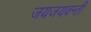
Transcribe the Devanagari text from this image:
जयजयवन्ती